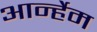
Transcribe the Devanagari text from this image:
आर्न्हेम